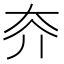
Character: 𡗦